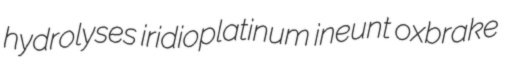
hydrolyses iridioplatinum ineunt oxbrake